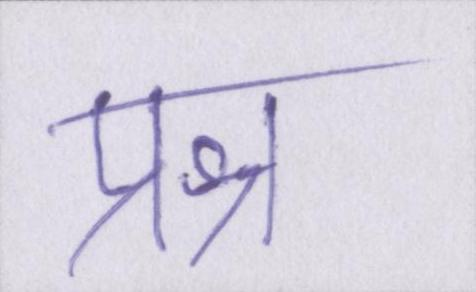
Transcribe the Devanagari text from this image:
प्रश्न